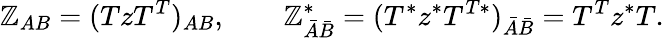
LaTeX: \mathbb{Z}_{AB}=(TzT^{T})_{AB},\quad\quad\mathbb{Z}_{\bar{{A}}\bar{{B}}}^{*}=(T^{*}z^{*}T^{T*})_{\bar{{A}}\bar{{B}}}=T^{T}z^{*}T.